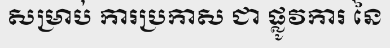
សម្រាប់ ការប្រកាស ជា ផ្លូវការ នៃ